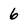
Character: 6